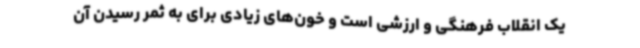
یک انقلاب فرهنگی و ارزشی است و خون‌های زیادی برای به ثمر رسیدن آن